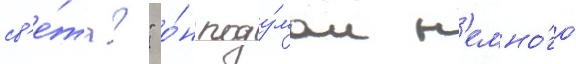
св'е́та?" о́н поду́мал н'емно́го